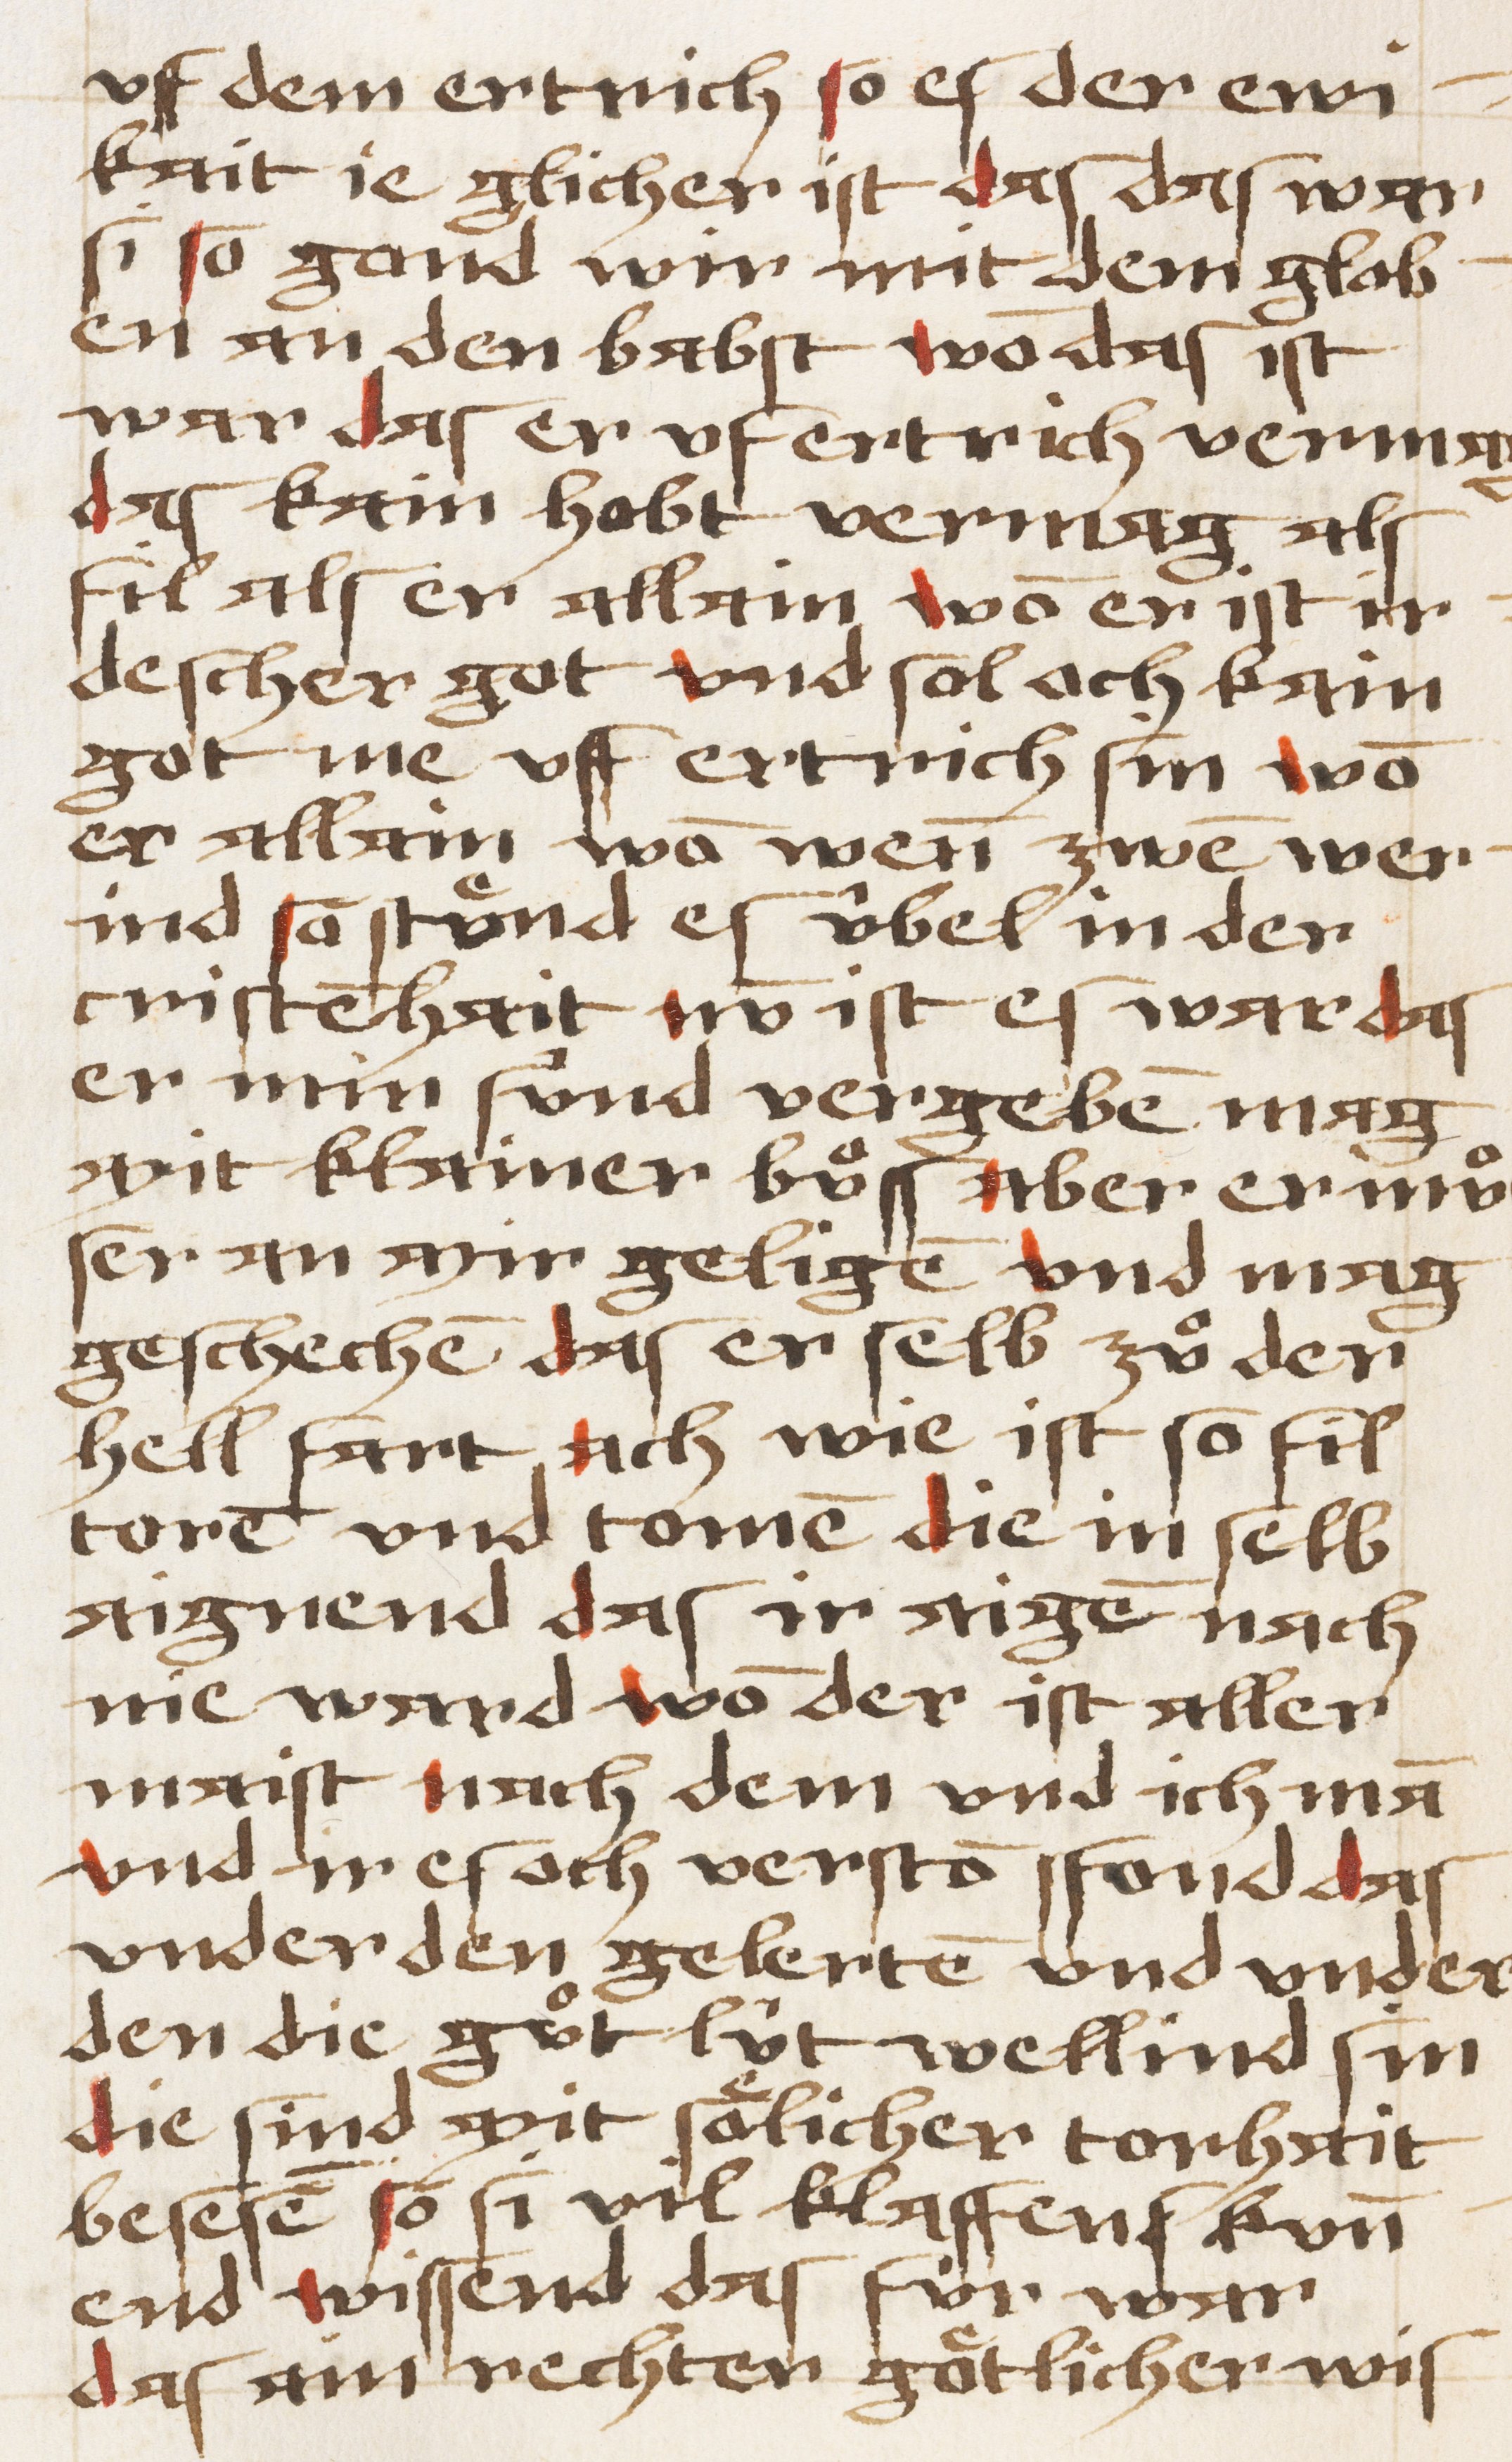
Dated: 1450–1499